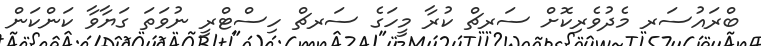
ބްރައުސަރ މެދުވެރިކޮށް ސަރޗް ކުރާ މީހަގެ ސަރޗް ހިސްޓްރީ ނުވަތަ ގަޔާވާ ކަންކަން